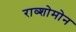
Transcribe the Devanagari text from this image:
राव्शोमोन